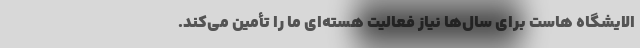
الایشگاه هاست برای سال‌ها نیاز فعالیت هسته‌ای ما را تأمین می‌کند.